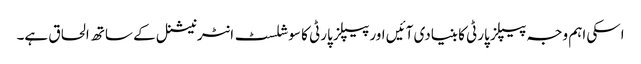
اسکی اہم وجہ پیپلز پارٹی کا بنیادی آئیں اور پیپلز پارٹی کا سوشلسٹ انٹرنیشنل کے ساتھ الحاق ہے۔